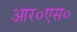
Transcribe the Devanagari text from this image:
आर०एस०